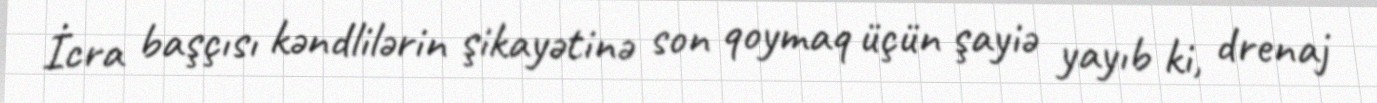
İcra başçısı kəndlilərin şikayətinə son qoymaq üçün şayiə yayıb ki, drenaj